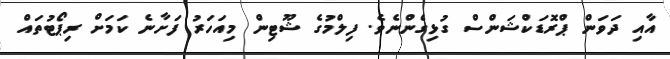
އާއި ދަވަން ޕްރޮޑަކްޝަންސް ގުޅިގެންނެވެ. ފިލްމުގެ ޝޫޓިން މިއަހަރު ފަށާނެ ކަމަށް ރިޕޯޓުތައް